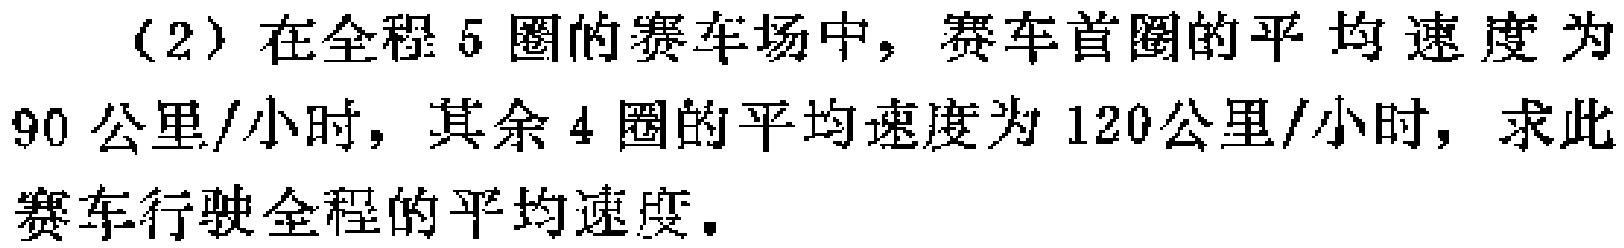
（2）在全程5圈的赛车场中，赛车首圈的平均速度为90公里/小时，其余4圈的平均速度为120公里/小时，求此赛车行驶全程的平均速度。